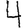
Digit: 4